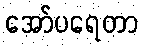
အော်ပရေတာ